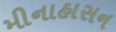
મીનાહાસન